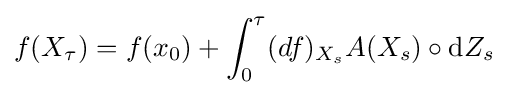
f(X_{\tau })=f(x_{0})+\int _{0}^{\tau }(df)_{X_{s}}A(X_{s})\circ \mathrm {d} Z_{s}